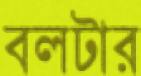
বলটার